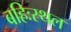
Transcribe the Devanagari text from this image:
बहिःस्थल